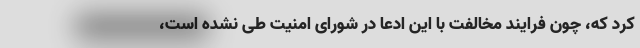
کرد که، چون فرایند مخالفت با این ادعا در شورای امنیت طی نشده است،